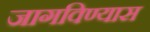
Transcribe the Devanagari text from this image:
जागविण्यास